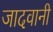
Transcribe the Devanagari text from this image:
जादवानी